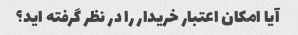
آیا امکان اعتبار خریدار را در نظر گرفته اید؟